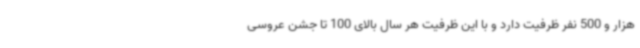
هزار و 500 نفر ظرفیت دارد و با این ظرفیت هر سال بالای 100 تا جشن عروسی